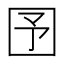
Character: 𡆹